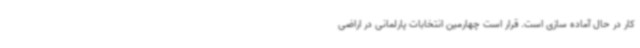
کار در حال آماده سازی است. قرار است چهارمین انتخابات پارلمانی در اراضی